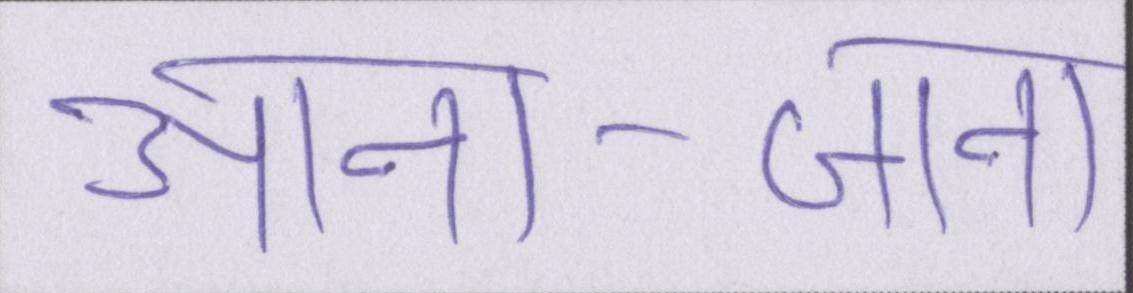
आना-जाना